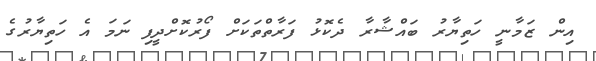
އިން ޒަމާނީ ހަތިޔާރު ބައްޝާރާ ދެކޮޅު ފަރާތްތަކަށް ފޯރުކޮށްދީފި ނަމަ އެ ހަތިޔާރުގެ